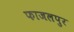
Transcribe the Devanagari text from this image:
फाजलपुर